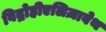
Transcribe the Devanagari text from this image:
विद्रोहीएलिज़ाबेथ